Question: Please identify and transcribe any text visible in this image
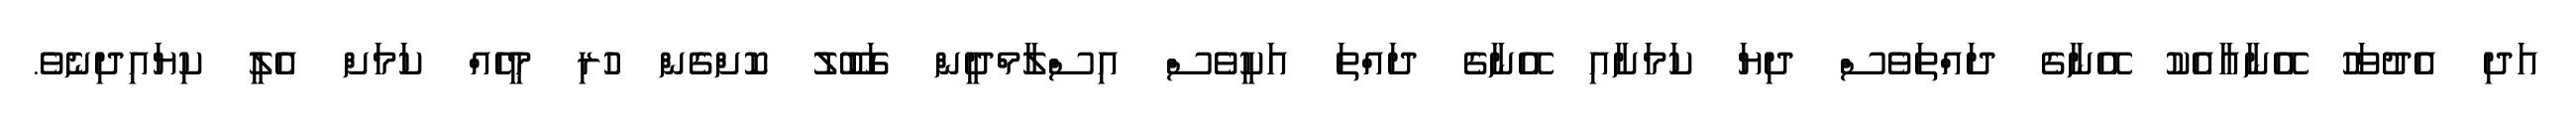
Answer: އަދި އެދުވަހު އޭނާއާއެކު އޭނާގެ ދައްތަވެސް ދިޔަ ކަމަށާއި އޭނާގެ ދައްތަ އަކީވެސް އިސްލާމްދީން ގަބޫލު ކޮށްގެން ހުރި މީހެއް ކަމަށް އެލީ ކިޔައިދިނެވެ.